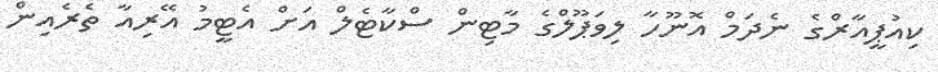
ކިއުޕީއާރްގެ ނެދަމް އޮނޫހާ ލިވަޕޫލްގެ މާޓިން ސްކާޓެލް އަށް އެޓީމު އޭރިއާ ތެރެއިން